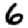
Digit: 6